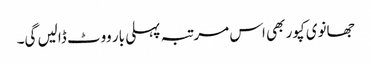
جھانوی کپور بھی اس مرتبہ پہلی بار ووٹ ڈالیں گی۔